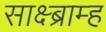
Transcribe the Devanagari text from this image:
साक्ष्ब्राम्ह